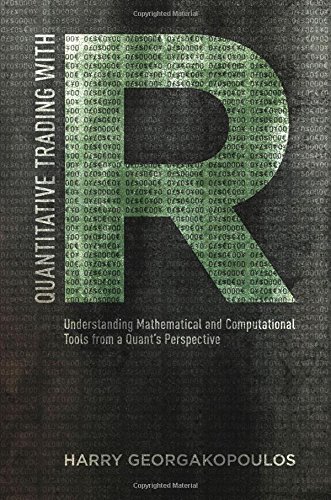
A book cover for Quantitative Trading with R: Understanding Mathematical and Computational Tools from a Quant's Perspective; Harry Georgakopoulos; Computers & Technology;